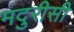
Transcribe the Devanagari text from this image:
मदुरीसी